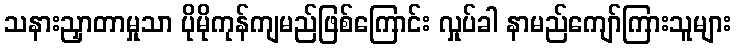
သနားညှာတာမှုသာ ပိုမိုကုန်ကျမည်ဖြစ်ကြောင်း လှုပ်ခါ နာမည်ကျော်ကြားသူများ